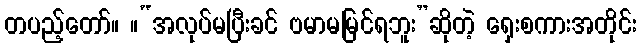
တပည့်တော်။ ။“အလုပ်မပြီးခင် ဗမာမမြင်ရဘူး”ဆိုတဲ့ ရှေးစကားအတိုင်း